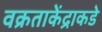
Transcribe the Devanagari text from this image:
वक्रताकेंद्राकडे